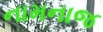
નામનાજ